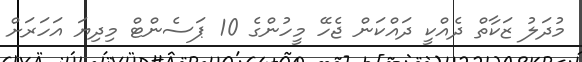
މުދަލު ޒަކާތް ދެއްކީ ދައްކަން ޖެހޭ މީހުންގެ 10 ޕަސެންޓް މިދިޔަ އަހަރަށް